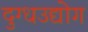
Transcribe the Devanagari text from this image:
दुग्धउद्योग